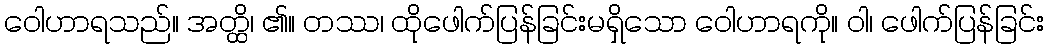
ဝေါဟာရသည်။ အတ္ထိ၊ ၏။ တဿ၊ ထိုဖေါက်ပြန်ခြင်းမရှိသော ဝေါဟာရကို။ ဝါ၊ ဖေါက်ပြန်ခြင်း